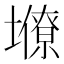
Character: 𡒭